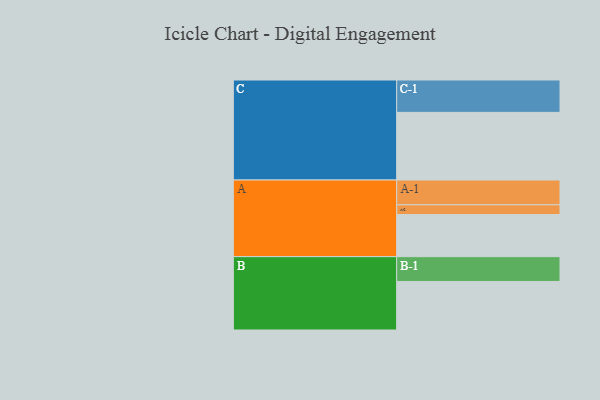
{"axis": {"x": "Segment", "y": "Value"}, "legend": ["", "A", "B", "C"], "data": [{"x": "A", "y": 333, "type": ""}, {"x": "B", "y": 384, "type": ""}, {"x": "C", "y": 535, "type": ""}, {"x": "A-1", "y": 196, "type": "A"}, {"x": "A-2", "y": 77, "type": "A"}, {"x": "B-1", "y": 196, "type": "B"}, {"x": "C-1", "y": 256, "type": "C"}]}